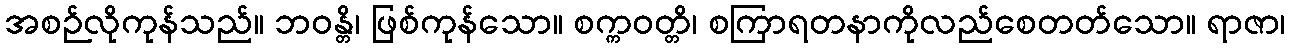
အစဉ်လိုကုန်သည်။ ဘဝန္တိ၊ ဖြစ်ကုန်သော။ စက္ကဝတ္တိ၊ စကြာရတနာကိုလည်စေတတ်သော။ ရာဇာ၊